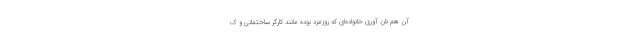
آن هم نان آوری خانواده‌ای که روزمزد بوده مانند کارگر ساختمانی و ک